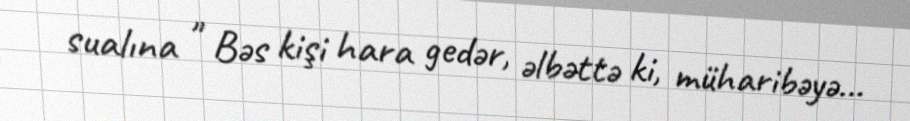
sualına " Bəs kişi hara gedər, əlbəttə ki, müharibəyə...